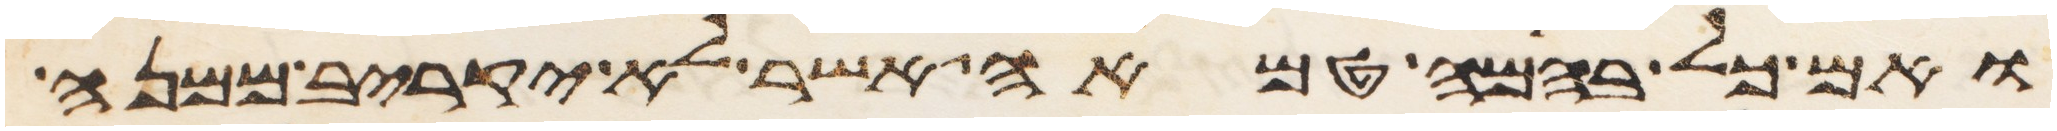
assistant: ואם כל בהמה טמאה אשר לא יקריב ממנה